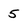
Character: 5